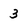
Character: 3